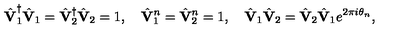
\hat { \bf V } _ { 1 } ^ { \dagger } \hat { \bf V } _ { 1 } = \hat { \bf V } _ { 2 } ^ { \dagger } \hat { \bf V } _ { 2 } = 1 , \quad \hat { \bf V } _ { 1 } ^ { n } = \hat { \bf V } _ { 2 } ^ { n } = 1 , \quad \hat { \bf V } _ { 1 } \hat { \bf V } _ { 2 } = \hat { \bf V } _ { 2 } \hat { \bf V } _ { 1 } e ^ { 2 \pi i \theta _ { n } } ,